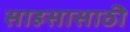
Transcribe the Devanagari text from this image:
साहसासाठी